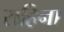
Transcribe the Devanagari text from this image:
राहिना